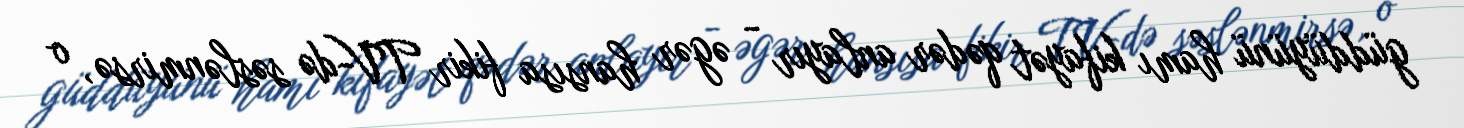
güddüyünü hamı kifayət qədər anlayır - əgər hansısa fikir TV-də səslənmirsə, o